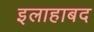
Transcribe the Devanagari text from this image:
इलाहाबद